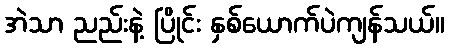
အဲသာ ညည်းနဲ့ ပြိုင်း နှစ်ယောက်ပဲကျန်သယ်။